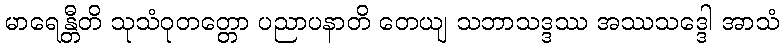
မာရေန္တီတိ သုသံဝုတတ္တော ပညာပနာတိ တေယျ သဘာသဒ္ဒဿ အဿသဒ္ဒေါ အာသံ